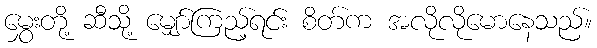
မွှေးတို့ ဆီသို့ မျှော်ကြည့်ရင်း စိတ်က အလိုလိုမောနေသည်။